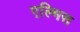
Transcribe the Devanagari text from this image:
एल्भिस